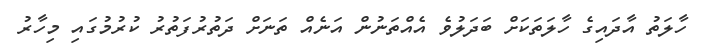
ހާލަތު އާދައިގެ ހާލަތަކަށް ބަދަލުވެ އެއްތަނުން އަނެއް ތަނަށް ދަތުރުފަތުރު ކުރުމުގައި މިހާރު